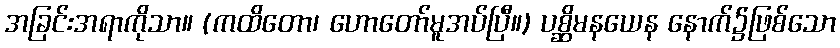
အခြင်းအရာကိုသာ။ (ကထိတော၊ ဟောတော်မူအပ်ပြီ။) ပစ္ဆိမနယေန နောက်၌ဖြစ်သော